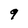
Character: 9